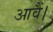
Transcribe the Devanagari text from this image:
आवैं।